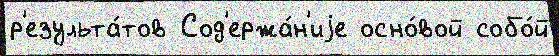
р'езульта́тов Сод'ержа́н'иjе осно́вой собо́й